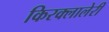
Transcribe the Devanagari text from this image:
किरक्लालेरी